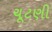
ચૂટણી